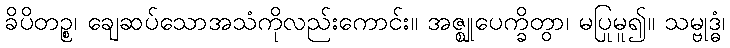
ခိပိတဉ္စ၊ ချေဆပ်သောအသံကိုလည်းကောင်း။ အဇ္ဈုပေက္ခိတွာ၊ မပြုမူ၍။ သမ္ဗုဒ္ဓံ၊